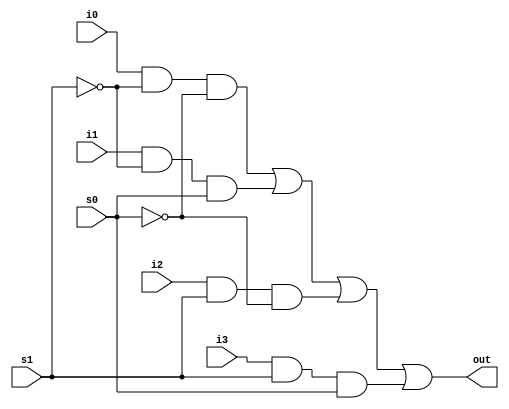
module mux_4_1(out,i0,i1,i2,i3,s1,s0 );
output out;
input i0,i1,i2,i3 ; 
input s1,s0; 
wire s1n,s0n,y0,y1,y2,y3 ; 
not G1( s1n, s1) ; 
not G2( s0n,s0) ; 
and  G3(y0,i0,s1n,s0n); 
and  G4(y1,i1,s1n,s0);
and  G5(y2,i2,s1,s0n);
and  G6(y3,i3,s1,s0);
or G7(out , y0, y1, y2, y3);
endmodule